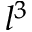
l ^ { 3 }